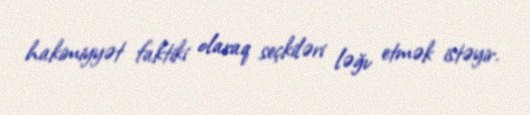
hakimiyyət faktiki olaraq seçkiləri ləğv etmək istəyir.